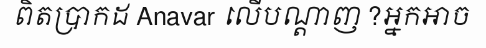
ពិតប្រាកដ Anavar លើបណ្តាញ ?អ្នកអាច